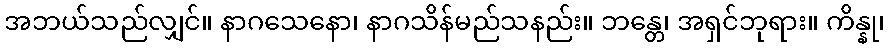
အဘယ်သည်လျှင်။ နာဂသေနော၊ နာဂသိန်မည်သနည်း။ ဘန္တေ၊ အရှင်ဘုရား။ ကိန္နု၊